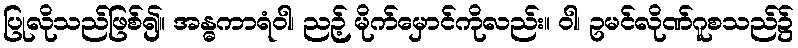
ပြုလိုသည်ဖြစ်၍။ အန္ဓကာရံဝါ၊ ညဉ့် မိုက်မှောင်ကိုလည်း။ ဝါ၊ ဥမင်လိုဏ်ဂူစသည်၌